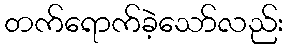
တက်ရောက်ခဲ့သော်လည်း